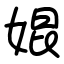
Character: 婫